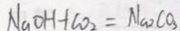
N a O H + C O _ { 2 } = N a _ { 2 } C O _ { 3 }